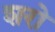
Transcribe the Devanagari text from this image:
शरो